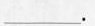
_________.